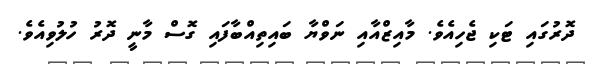
ދޮރުގައި ޓަކި ޖެހިއެވެ. މާއިޒްއާއި ނަވްޔާ ބައިތިއްބާފައި ގޮސް މާނީ ދޮރު ހުލުވިއެވެ.